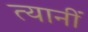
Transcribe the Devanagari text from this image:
त्यानीं